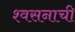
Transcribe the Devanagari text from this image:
श्वसनाची